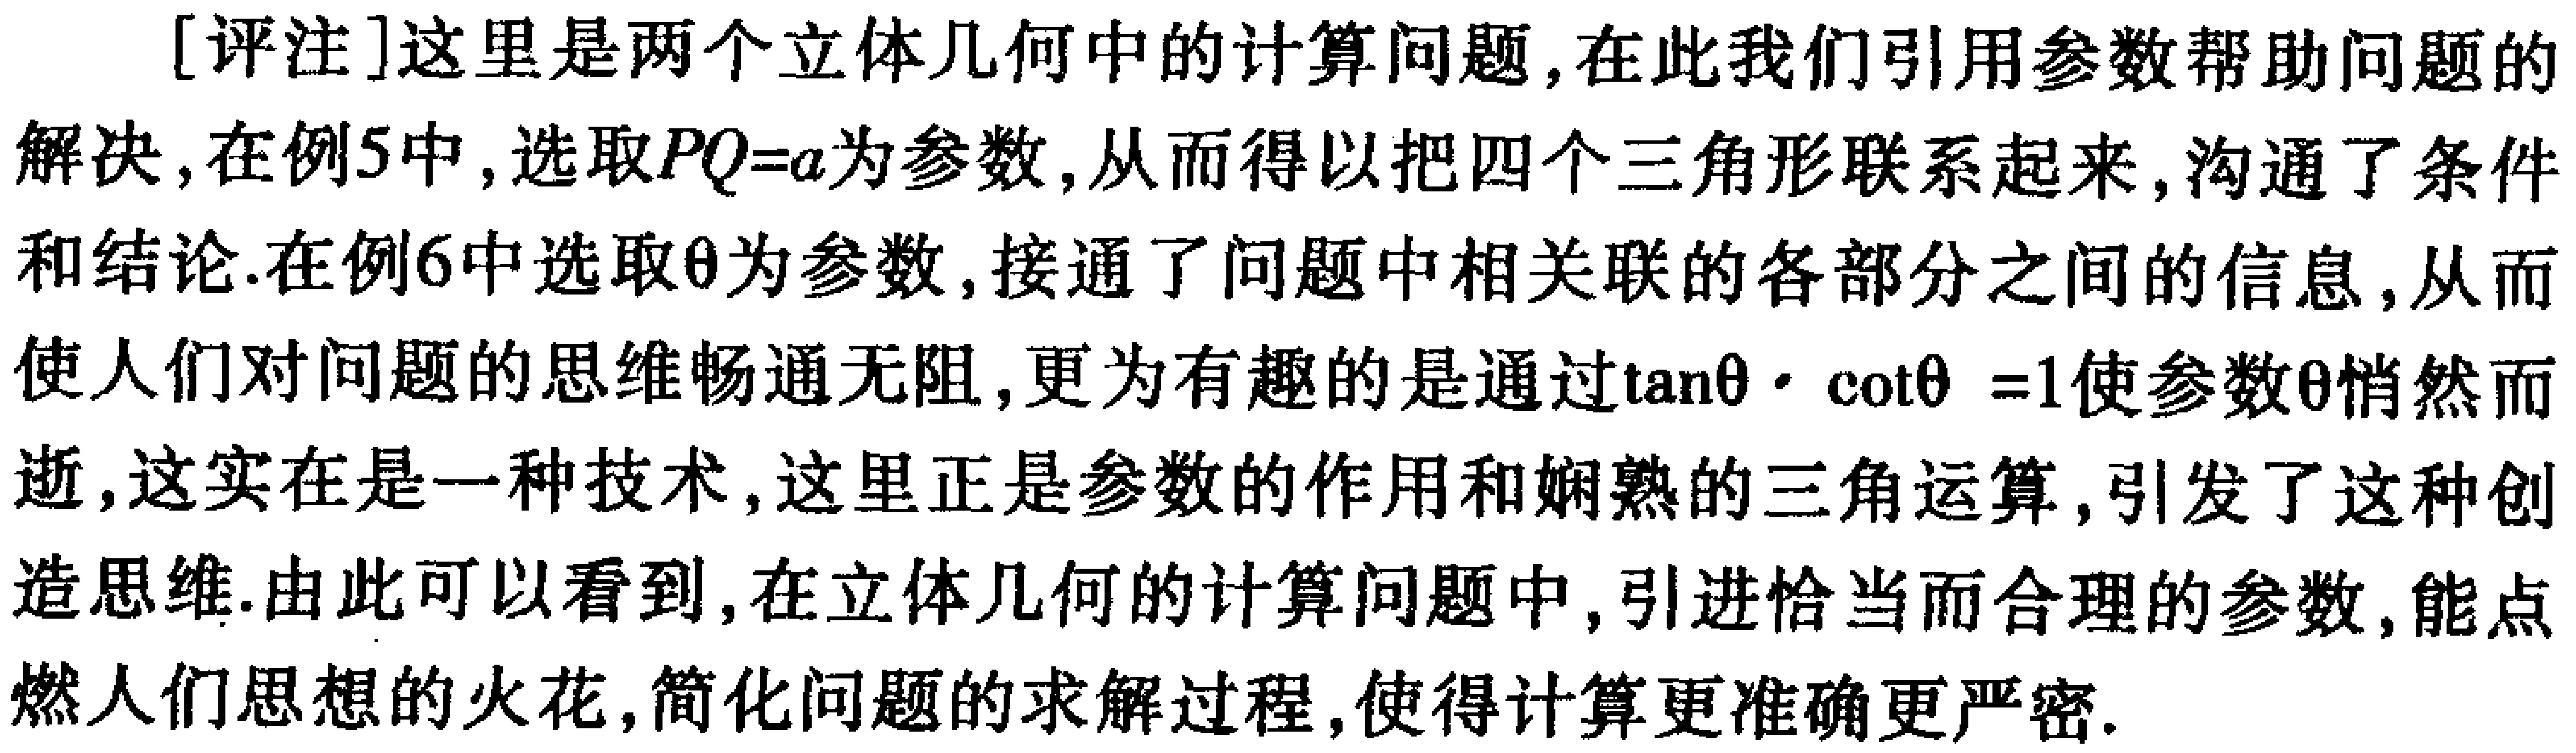
[评注]这里是两个立体几何中的计算问题,在此我们引用参数帮助问题的解决,在例5中,选取\(PQ = a\)为参数,从而得以把四个三角形联系起来,沟通了条件和结论.在例6中选取\(\theta\)为参数,接通了问题中相关联的各部分之间的信息,从而使人们对问题的思维畅通无阻,更为有趣的是通过\(\tan\theta\cdot\cot\theta = 1\)使参数\(\theta\)悄然而逝,这实在是一种技术,这里正是参数的作用和娴熟的三角运算,引发了这种创造思维.由此可以看到,在立体几何的计算问题中,引进恰当而合理的参数,能点燃人们思想的火花,简化问题的求解过程,使得计算更准确更严密.